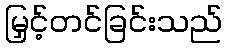
မြှင့်တင်ခြင်းသည်